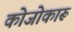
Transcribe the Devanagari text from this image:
कोजोकारू